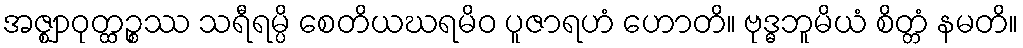
အဇ္ဈာဝုတ္ထဉ္စဿ သရီရမ္ပိ စေတိယဃရမိဝ ပူဇာရဟံ ဟောတိ။ ဗုဒ္ဓဘူမိယံ စိတ္တံ နမတိ။